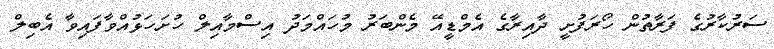
ސަރުކާރުގެ ފަރާތުން ހޯރަފުށީ ދާއިރާގެ އެމްޑީއޭ މެންބަރު މުހައްމަދު އިސްމާއިލް ހުށަހަޅުއްވާފައިވާ އެބިލް